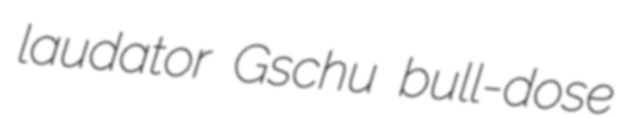
laudator Gschu bull-dose